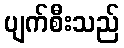
ပျက်စီးသည်